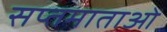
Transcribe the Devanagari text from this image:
सप्तमाताओं